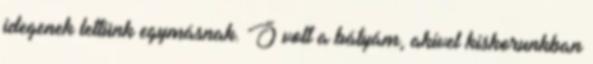
idegenek lettünk egymásnak. Ő volt a bátyám, akivel kiskorunkban